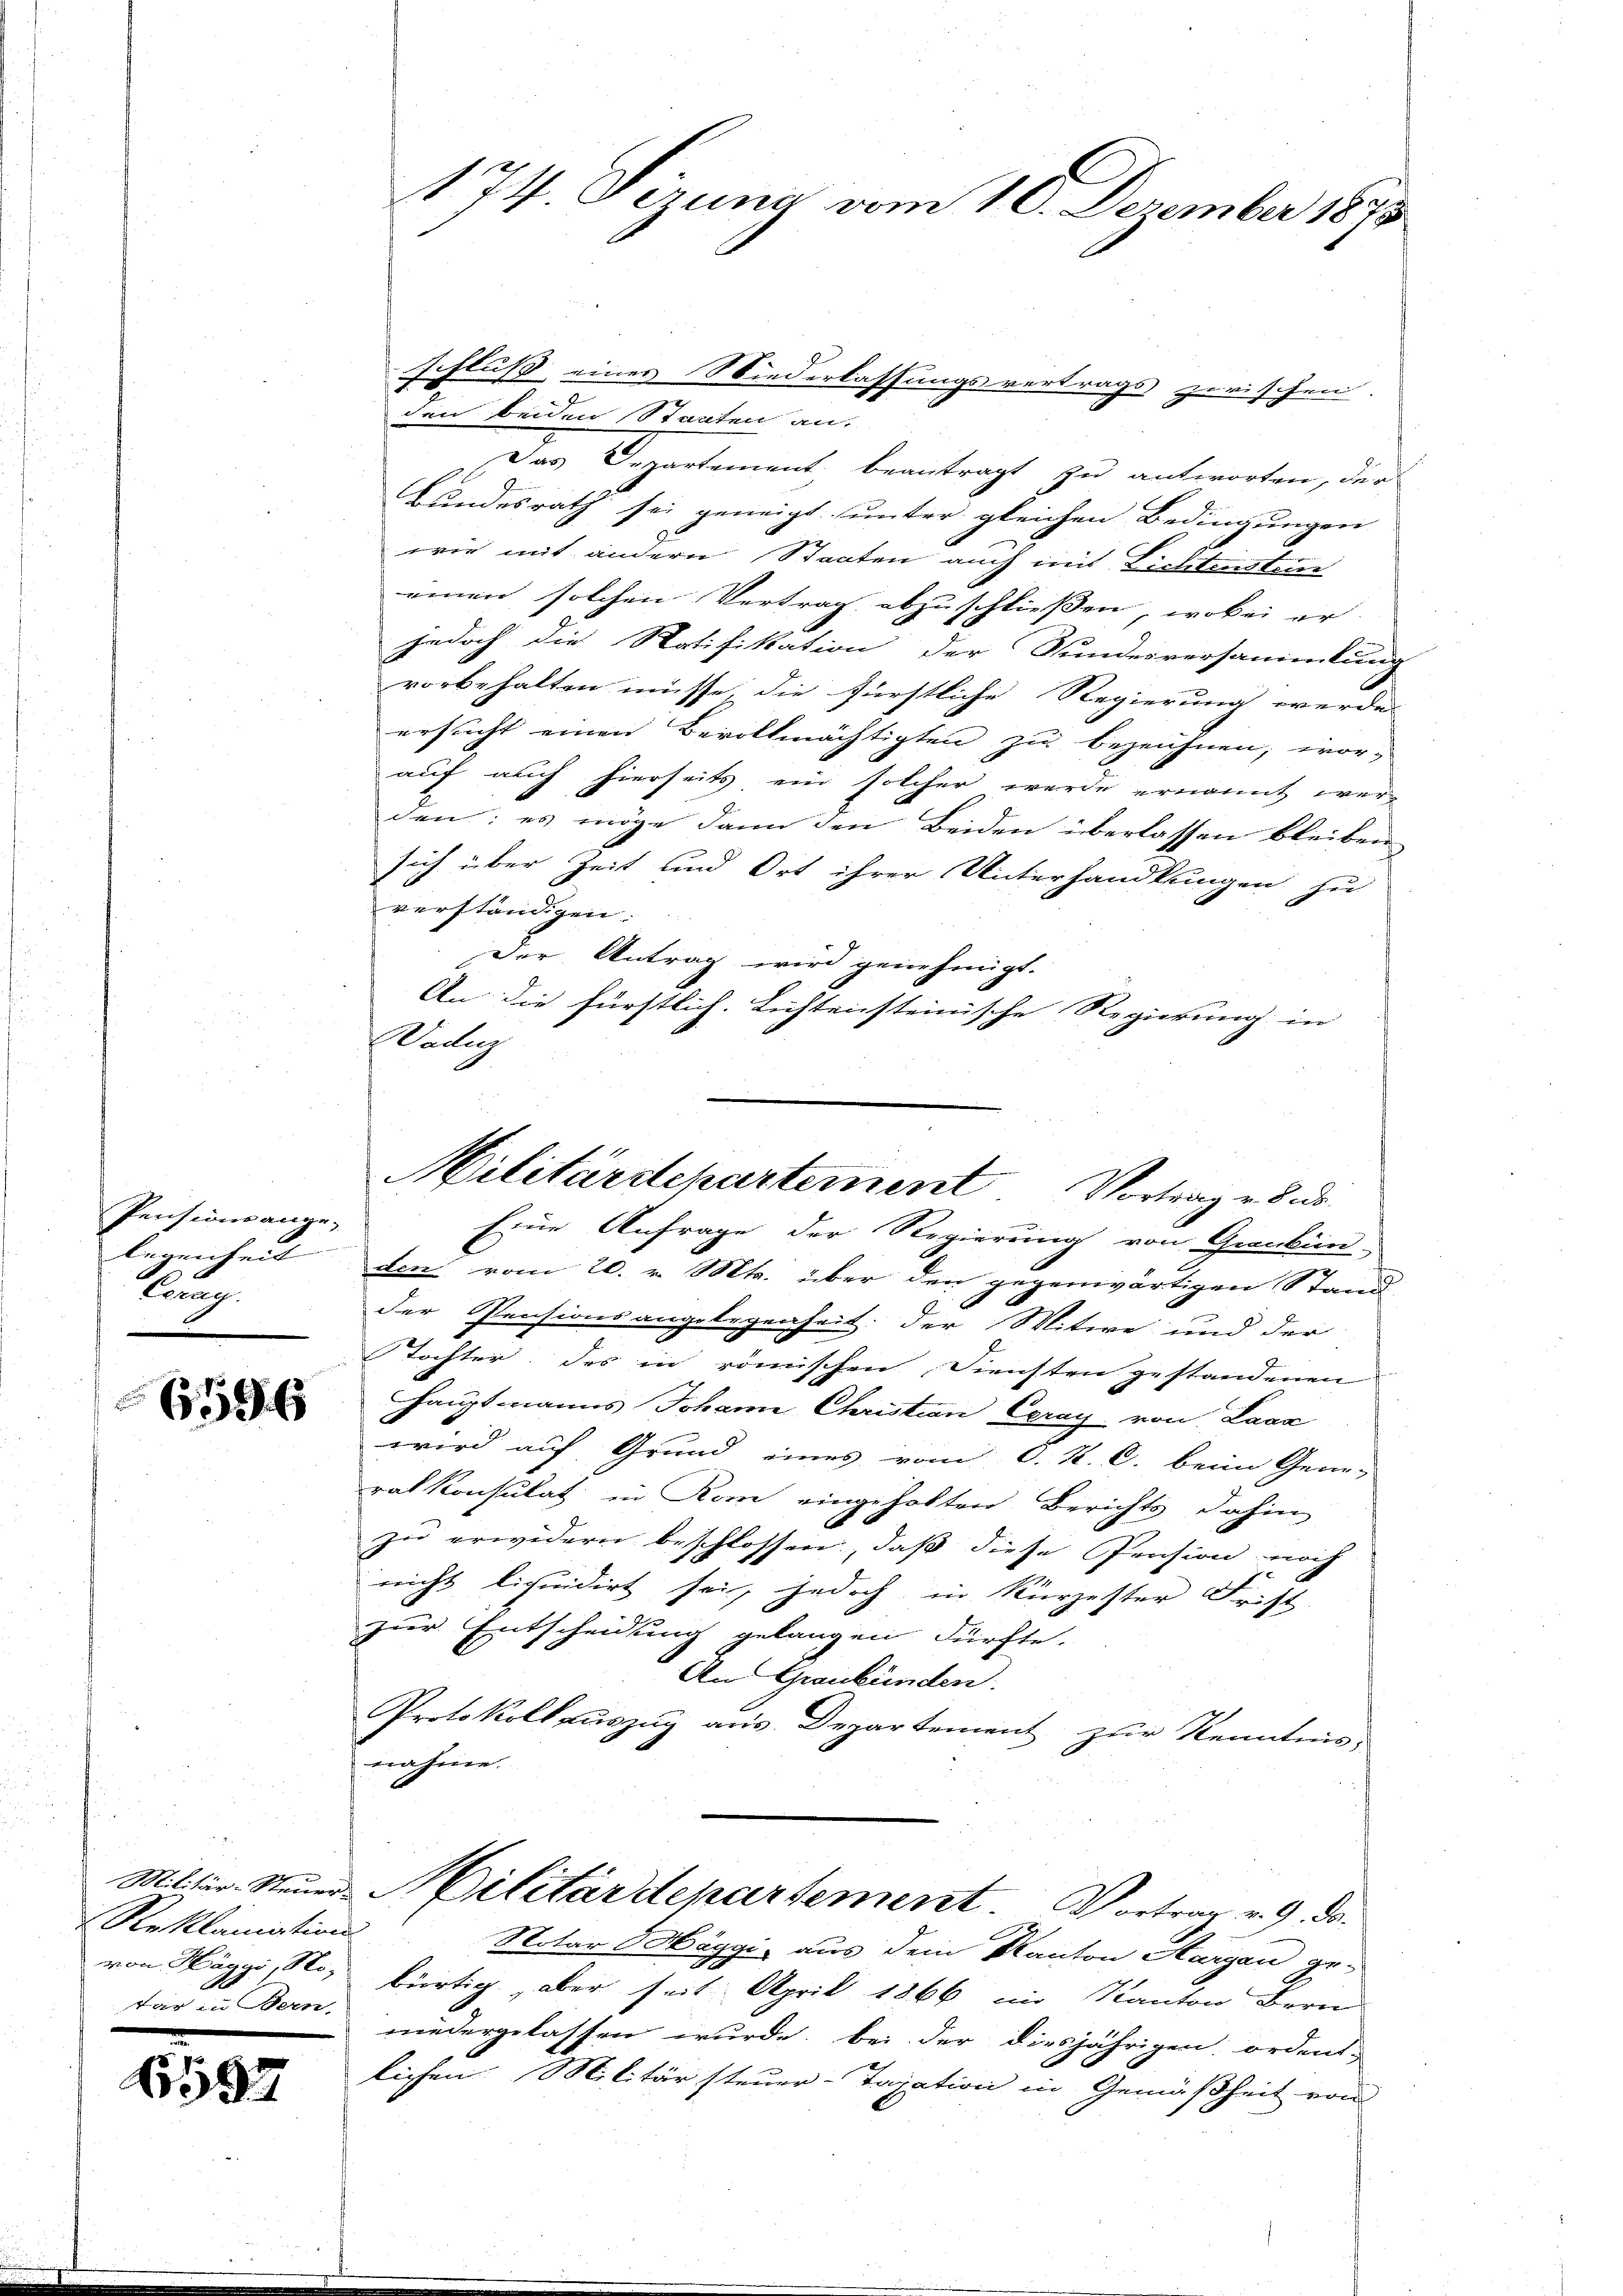
Pensionsange-
legenheit
Lang

6596

Militär-Steuer.
Reklamations
von Häggi, No.
tar in Bern.

6597

1 74. Feruna vom 10. Dezember 1875

schluß eines Niederlassungsvertrags zwischen.
den beiden Staaten an:
Das Departement beantragt zu antworten, der
Bundesrath sei geneigt unter gleichen Bedingungen
wie mit andern Staaten auch mit Lichtensteur
einen solchen Vertrag abzuschliessen, wobei er
jedoch die Ratifikation der Stundesversammlung
vorbehalten müsse die fürstliche Regierung werde
ersucht einen Bevollmächtigten zu bezeichnen, wor-
auf auch hierseits ein solcher wurde ernannt wer-
den: es möge dann den Beiden überlassen bleiben
sich über Zeit und Ort ihrer Unterhandlungen zu
verständigen.
Der Antrag wird genehmigt.
An die fürstlich. Lichtensteinische Regierung in
Dadig
den vom 20. v. Mts. über den gegenwärtigen Stand
der Pensionsangelegenheit: der Witwe und der
Tochter des in römischen Diensten gestandenen
Hauptmanns Johann Christian Ceray, von Lava
wird auf Grund eines vom C. R. C. beim Gene-
rat Konsulat in Rom eingeholten Berichts dahin
zu erwidern beschlossen, daß diese Pension noch
reicht liquidirt sei, jedoch in Kürzester Frist
zur Entscheidung gelangen dürfte.
An Graubünden.
Protokoll auszug aus Departement zur Kenntnis,
nahme.
Militärdepartement Vortrag v. 9. ds.
Notar Häggi, aus dem Kanton Aargau ge-
bürtig, aber seit April 1866 im Kanton Bern
niedergelassen wurde, bei der diesjährigen ordent,
lichen Militärsteuer-Taxation in Gemäßheit von

Militärstchartement Vortrage d. d.
Eine Anfrage der Regierung von Graubün